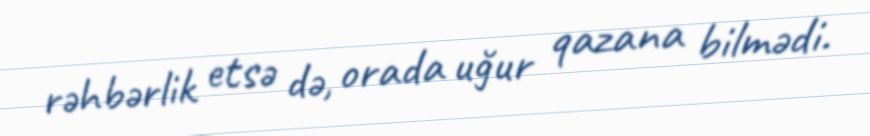
rəhbərlik etsə də, orada uğur qazana bilmədi.